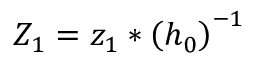
Z _ { 1 } = z _ { 1 } * \left( h _ { 0 } \right) ^ { - 1 }